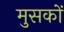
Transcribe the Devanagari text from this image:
मुसकों